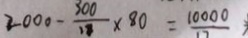
2 0 0 0 - \frac { 3 0 0 } { 1 8 } \times 8 0 = \frac { 1 0 0 0 0 } { 1 7 }